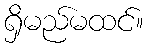
ရှိမည်မထင်။